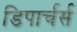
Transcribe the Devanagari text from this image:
डिपार्चर्स